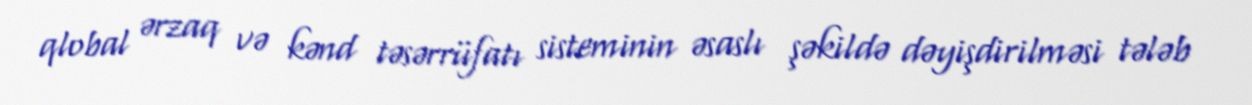
qlobal ərzaq və kənd təsərrüfatı sisteminin əsaslı şəkildə dəyişdirilməsi tələb